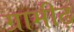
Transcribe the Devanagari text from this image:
ग्रामीढ़